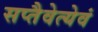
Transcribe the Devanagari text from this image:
सप्तैवेत्येवं